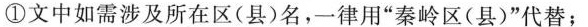
①文中如需涉及所在区(县)名，一律用”秦岭区(县)”代替；